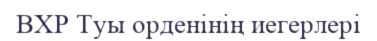
ВХР Туы орденінің иегерлері